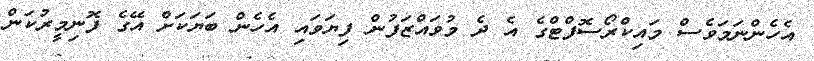
އެހެންނަމަވެސް މައިކްރޯސޮފްޓްގެ އެ ދެ މުވައްޒަފުން ފިޔަވައި އެހެން ބަޔަކަށް އޭގެ ފޮނިމީރުކަން